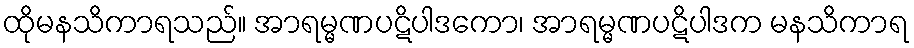
ထိုမနသိကာရသည်။ အာရမ္မဏပဋိပါဒကော၊ အာရမ္မဏပဋိပါဒက မနသိကာရ